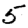
Digit: 5